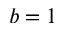
b = 1